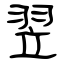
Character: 翌